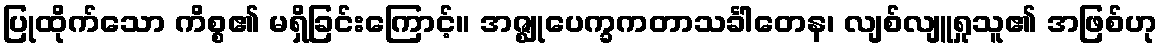
ပြုထိုက်သော ကိစ္စ၏ မရှိခြင်းကြောင့်။ အဇ္ဈုပေက္ခကတာသင်္ခါတေန၊ လျစ်လျူရှုသူ၏ အဖြစ်ဟု